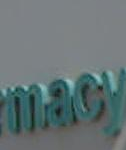
mean